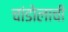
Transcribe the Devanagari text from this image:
चांडोलाची